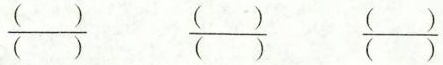
\frac{()}{()} \frac{()}{()} \frac{()}{()}